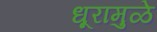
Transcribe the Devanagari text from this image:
धूरामुळे